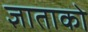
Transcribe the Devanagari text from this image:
ज्ञाताको